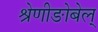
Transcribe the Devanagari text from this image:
श्रेणीङोबेल्